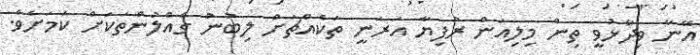
އޭނާ ވިދާޅުވީ ތިން މިލިއަން ރުފިޔާ އަރަނީ ތަކެއްޗަށް ލިބުނު ގެއްލުންތަކަށް ކަމަށެވެ.